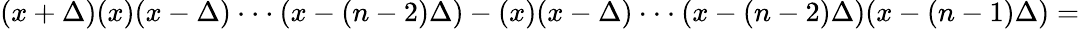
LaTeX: (x+\Delta)(x)(x-\Delta)\cdot\cdot\cdot(x-(n-2)\Delta)-(x)(x-\Delta)\cdot\cdot\cdot(x-(n-2)\Delta)(x-(n-1)\Delta)=